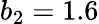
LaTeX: b_{2}=1.6